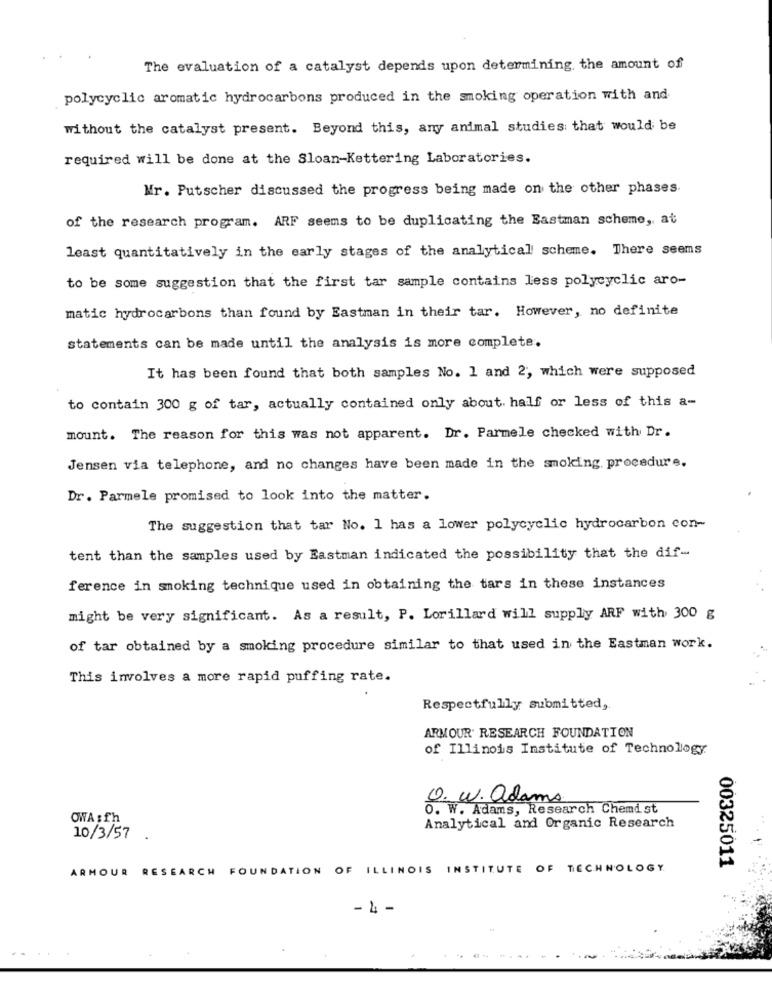
The evaluation of a catalyst depends upon determining the amount of
polycyclic aromatic hydrocarbons produced in the smoking operation with and
without the catalyst present. Beyond this, any animal studies that would be
required will be done at the Sloan-Kettering Laboratories.
Mr. Putscher discussed the progress being made on the other phases.
of the research program. ARF seems to be duplicating the Eastman scheme, at
least quantitatively in the early stages of the analytical scheme. There seems
to be some suggestion that the first tar sample contains less polycyclic aro-
matic hydrocarbons than found by Eastman in their tar. However, no definite
statements can be made until the analysis is more complete.
It has been found that both samples No. 1 and 2, which were supposed
to contain 300 g of tar, actually contained only about. half or less of this a-
mount. The reason for this was not apparent. Dr. Parmele checked with Dr.
Jensen via telephone, and no changes have been made in the smoking procedure.
Dr. Parmele promised to look into the matter.
The suggestion that tar No. 1 has a lower polycyclic hydrocarbon con-
tent than the samples used by Eastman indicated the possibility that the dif-
ference in smoking technique used in obtaining the tars in these instances
might be very significant. As a result, P. Lorillard will supply ARF with 300 g
of tar obtained by a smoking procedure similar to that used in the Eastman work.
This involves a more rapid puffing rate.
Respectfully submitted,
ARMOUR RESEARCH FOUNDATION
of Illinois Institute of Technology
O. W. adams
O. W. Adams, Research Chemist
OWA :Th
Analytical and Organic Research
10/3/57.
00325011
ARMOUR RESEARCH FOUNDATION OF ILLINOIS INSTITUTE OF TECHNOLOGY
-4 -